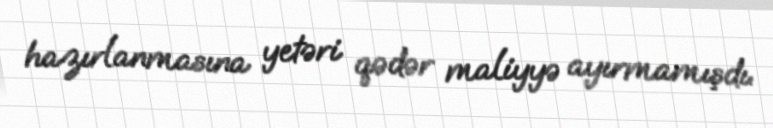
hazırlanmasına yetəri qədər maliyyə ayırmamışdı.